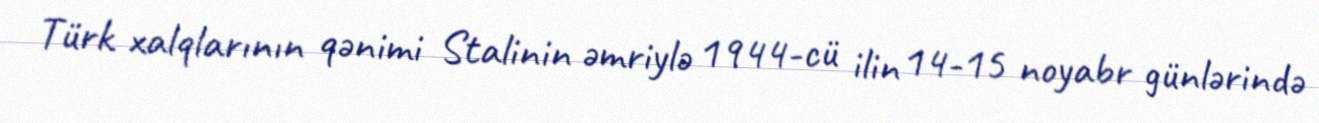
Türk xalqlarının qənimi Stalinin əmriylə 1944-cü ilin 14-15 noyabr günlərində